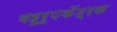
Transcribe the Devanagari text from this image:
बहुरूपकेंद्रक